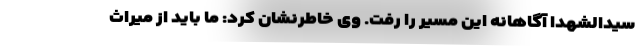
سیدالشهدا آگاهانه این مسیر را رفت. وی خاطرنشان کرد: ما باید از میراث